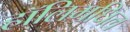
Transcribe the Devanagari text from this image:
हॉलिमधिल